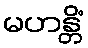
မဟန္တိံ